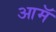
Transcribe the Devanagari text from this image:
आमॅ